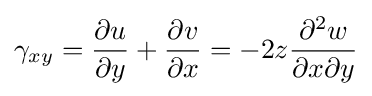
\gamma _{xy}={\frac {\partial u}{\partial y}}+{\frac {\partial v}{\partial x}}=-2z{\frac {\partial ^{2}w}{\partial x\partial y}}